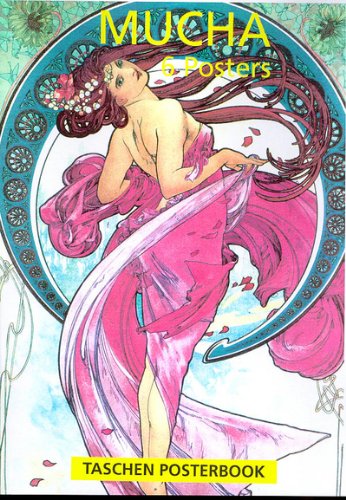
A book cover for Mucha Poster Book (Posterbooks); Taschen Publishing; Crafts, Hobbies & Home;